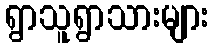
ရွာသူရွာသားများ